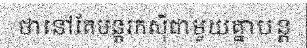
ថានៅតែបន្តរកស៊ីជាមួយគ្នាបន្ត